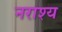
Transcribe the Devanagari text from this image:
नराश्य